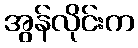
အွန်လိုင်းက